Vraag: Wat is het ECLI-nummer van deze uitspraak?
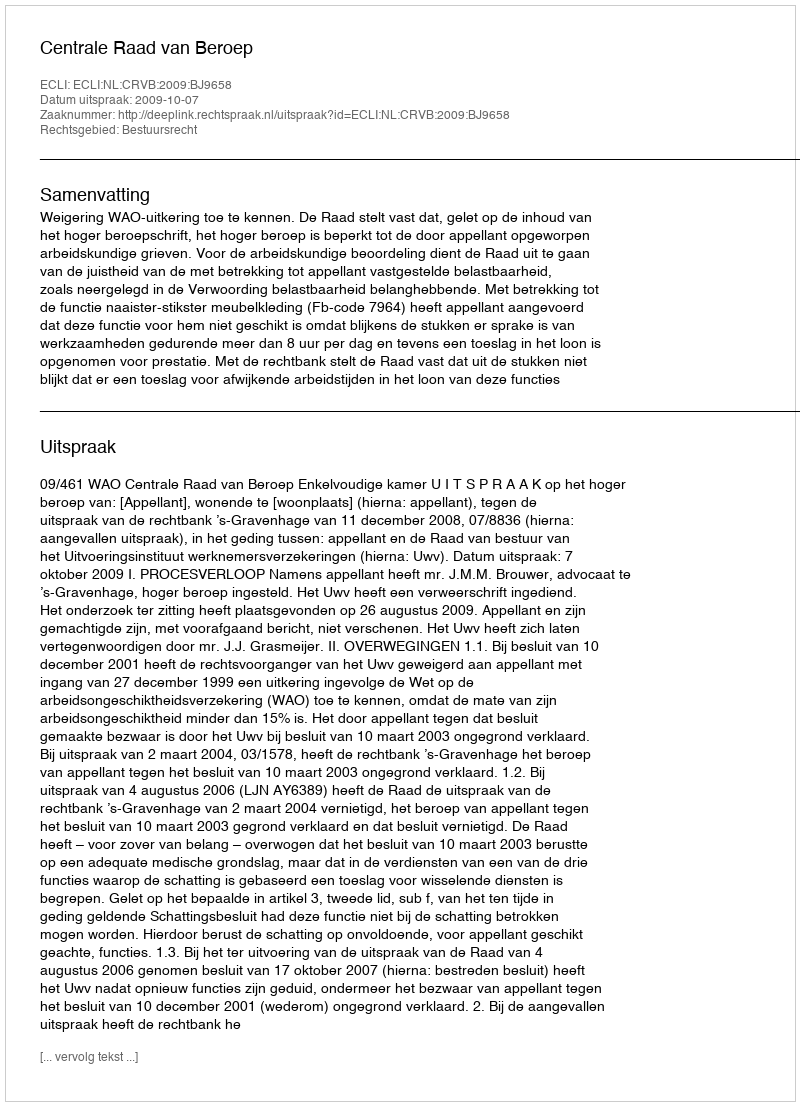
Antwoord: ECLI:NL:CRVB:2009:BJ9658